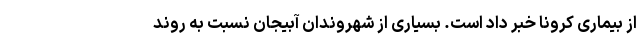
از بیماری کرونا خبر داد است. بسیاری از شهروندان آبیجان نسبت به روند